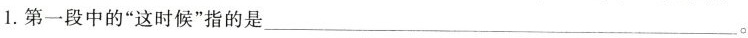
1.第一段中的”这时候”指的是___。